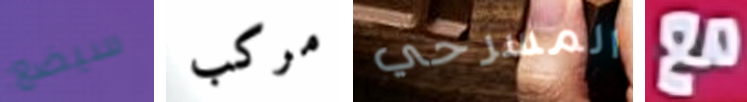
سيضع مركب المسرحي مع